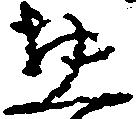
惣